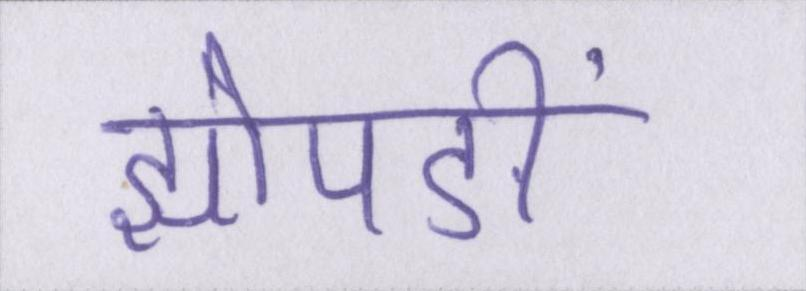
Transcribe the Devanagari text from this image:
झोपङीं